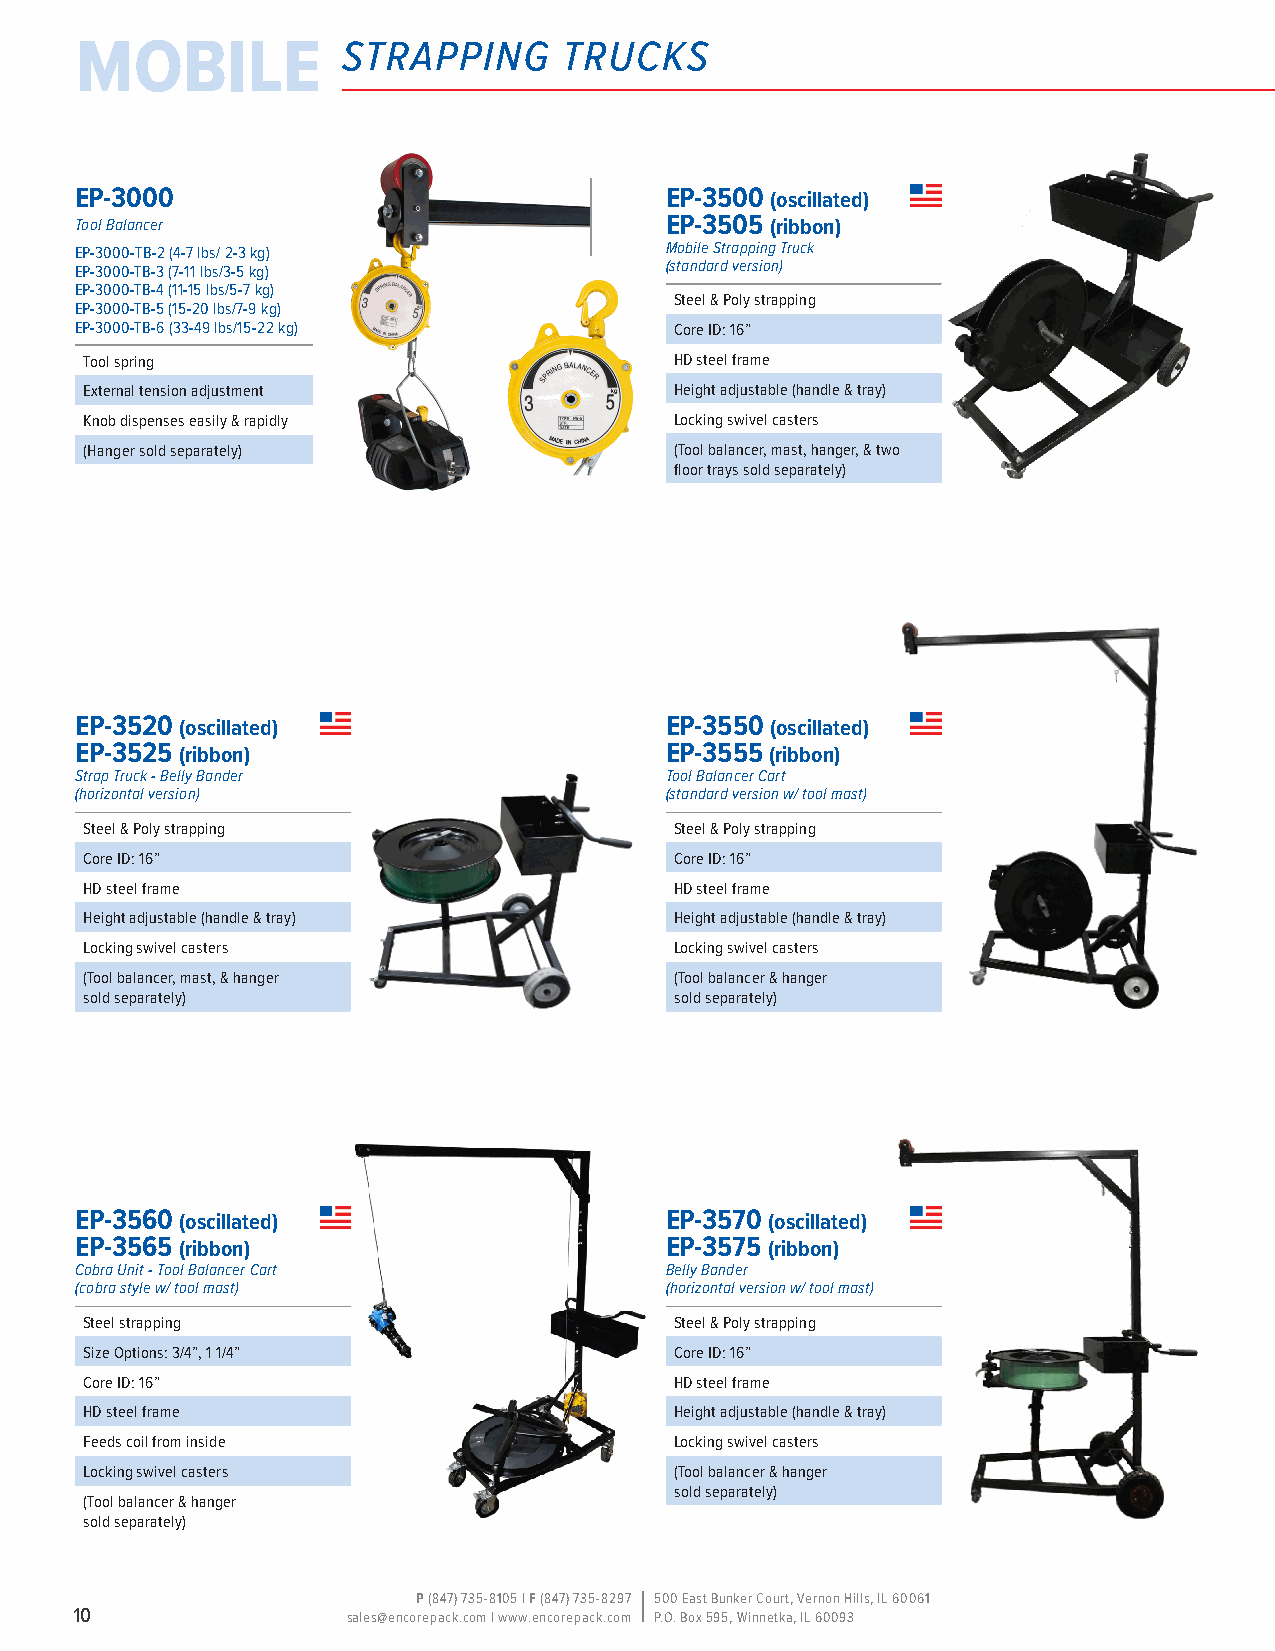
mobile            strapping     trucks
 EP-3000                                EP-3500 (oscillated)
 Tool Balancer                          EP-3505 (ribbon)
 EP-3000-TB-2 (4-7 lbs/ 2-3 kg)         Mobile Strapping Truck
 EP-3000-TB-3 (7-11 lbs/3-5 kg)         (standard version)
 EP-3000-TB-4 (11-15 lbs/5-7 kg)
 Steel & Poly strapping
 EP-3000-TB-5 (15-20 lbs/7-9 kg)
 EP-3000-TB-6 (33-49 lbs/15-22 kg)       Core ID: 16”
 Tool spring                            HD steel frame
 External tension adjustment            Height adjustable (handle & tray)
 Knob dispenses easily & rapidly        Locking swivel casters
 (Hanger sold separately)               (Tool balancer, mast, hanger, & two
 floor trays sold separately)
 EP-3520 (oscillated)                   EP-3550 (oscillated)
 EP-3525 (ribbon)                       EP-3555 (ribbon)
 Strap Truck - Belly Bander             Tool Balancer Cart
 (horizontal version)                   (standard version w/ tool mast)
 Steel & Poly strapping                 Steel & Poly strapping
 Core ID: 16”                           Core ID: 16”
 HD steel frame                         HD steel frame
 Height adjustable (handle & tray)      Height adjustable (handle & tray)
 Locking swivel casters                 Locking swivel casters
 (Tool balancer, mast, & hanger         (Tool balancer & hanger
 sold separately)                       sold separately)
 EP-3560 (oscillated)                   EP-3570 (oscillated)
 EP-3565 (ribbon)                       EP-3575 (ribbon)
 Cobra Unit - Tool Balancer Cart        Belly Bander
 (cobra style w/ tool mast)             (horizontal version w/ tool mast)
 Steel strapping                        Steel & Poly strapping
 Size Options: 3/4”, 1 1/4”             Core ID: 16”
 Core ID: 16”                           HD steel frame
 HD steel frame                         Height adjustable (handle & tray)
 Feeds coil from inside                 Locking swivel casters
 Locking swivel casters                 (Tool balancer & hanger
 sold separately)
 (Tool balancer & hanger
 sold separately)
 P (847) 735-8105 | F (847) 735-8297 500 East Bunker Court, Vernon Hills, IL 60061
 10                sales@encorepack.com | www.encorepack.com P.O. Box 595, Winnetka, IL 60093